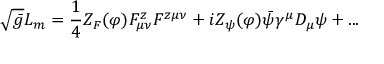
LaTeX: \sqrt { \bar { g } } { \cal { L } } _ { m } = \frac { 1 } { 4 } Z _ { F } ( \varphi ) F _ { \mu \nu } ^ { z } F ^ { z \mu \nu } + i Z _ { \psi } ( \varphi ) \bar { \psi } \gamma ^ { \mu } D _ { \mu } \psi + . . .